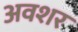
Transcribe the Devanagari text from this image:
अवशर